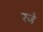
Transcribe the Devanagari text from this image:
रजे